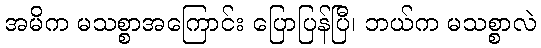
အမိက မသစ္စာအကြောင်း ပြောပြန်ပြီ၊ ဘယ်က မသစ္စာလဲ